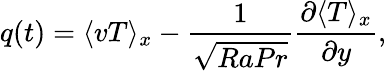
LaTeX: q(t)=\langle vT\rangle_{x}-\frac{1}{\sqrt{RaPr}}\frac{\partial\langle T\rangle_{x}}{\partial y},